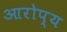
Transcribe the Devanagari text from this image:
आरोप्य